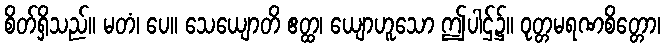
စိတ်ရှိသည်။ မတံ၊ ပေ။ သေယျောတိ ဧတ္ထ၊ ယျောဟူသော ဤပါဌ်၌။ ဝုတ္တမရဏစိတ္တော၊